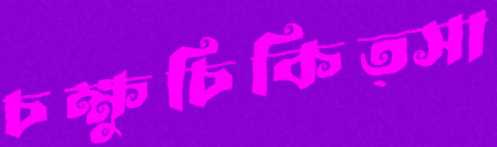
চক্ষুচিকিত্সা